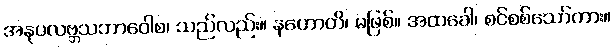
အနုပလဗ္ဘသဘာဝေါစ၊ သည်လည်း။ နဟောတိ၊ မဖြစ်။ အထခေါ၊ စင်စစ်သော်ကား။